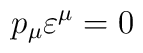
p_{\mu}\varepsilon^{\mu} = 0